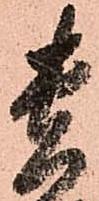
貴